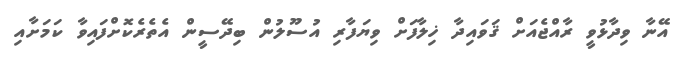
އޭނާ ވިދާޅުވީ ރާއްޖެއަށް ޤަވައިދާ ޚިލާފަށް ވިޔަފާރި އުސޫލުން ބިދޭސީން އެތެރެކޮށްފައިވާ ކަމަށާއި